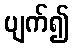
ပျက်၍